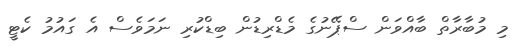
މި މުބާރާތް ބާއްވަން ސްޕޭނުގެ މެޑްރިޑުން ބިޑްކުރި ނަމަވެސް އެ ގައުމު ކެޓީ